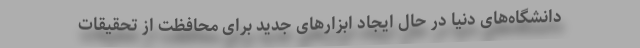
دانشگاه‌های دنیا در حال ایجاد ابزارهای جدید برای محافظت از تحقیقات